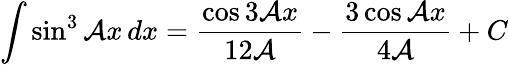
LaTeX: \int\sin^{3}{\mathcal{A}x}\, dx={\frac{{\cos3\mathcal{A}x}}{{12\mathcal{A}}}}-{\frac{{3\cos\mathcal{A}x}}{{4\mathcal{A}}}}+C